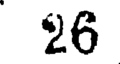
26